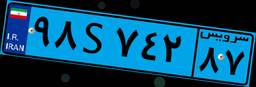
۹۸S۷۴۲۸۷